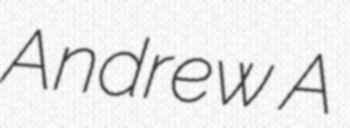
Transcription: Andrew A